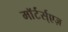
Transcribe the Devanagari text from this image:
माॅर्टर्स्एज़